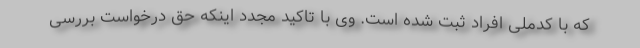
که با کدملی افراد ثبت شده است. وی با تاکید مجدد اینکه حق درخواست بررسی